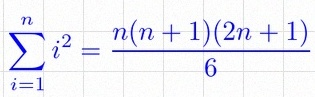
\sum_{i=1}^{n}i^2=\frac{n(n+1)(2n+1)}6